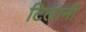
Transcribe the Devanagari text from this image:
टिलानी